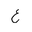
Letter: _ayn